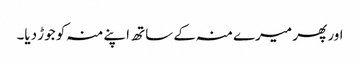
اور پھر میرے منہ کے ساتھ اپنے منہ کو جوڑ دیا۔